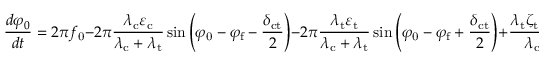
\frac { d \varphi _ { 0 } } { d t } = 2 \pi f _ { \mathrm { 0 } } - 2 \pi \frac { \lambda _ { \mathrm { c } } \varepsilon _ { \mathrm { c } } } { \lambda _ { \mathrm { c } } + \lambda _ { \mathrm { t } } } \sin \left( \varphi _ { \mathrm { 0 } } - \varphi _ { \mathrm { f } } - \frac { \delta _ { \mathrm { c t } } } { 2 } \right) - 2 \pi \frac { \lambda _ { \mathrm { t } } \varepsilon _ { \mathrm { t } } } { \lambda _ { \mathrm { c } } + \lambda _ { \mathrm { t } } } \sin \left( \varphi _ { \mathrm { 0 } } - \varphi _ { \mathrm { f } } + \frac { \delta _ { \mathrm { c t } } } { 2 } \right) + \frac { \lambda _ { \mathrm { t } } \zeta _ { \mathrm { t } } + \lambda _ { \mathrm { c } } \zeta _ { \mathrm { c } } } { \lambda _ { \mathrm { c } } + \lambda _ { \mathrm { t } } } .